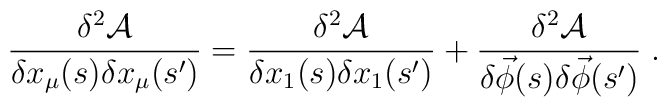
\frac{\delta ^{2}\mathcal{A}}{\delta x_{\mu }(s)\delta x_{\mu }(s')}=\frac{\delta ^{2}\mathcal{A}}{\delta x_{1}(s)\delta x_{1}(s')}+\frac{\delta ^{2}\mathcal{A}}{\delta \vec{\phi }(s)\delta \vec{\phi }(s')}\; .